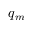
q _ { m }